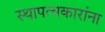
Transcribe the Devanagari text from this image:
स्थापत्यकारांना